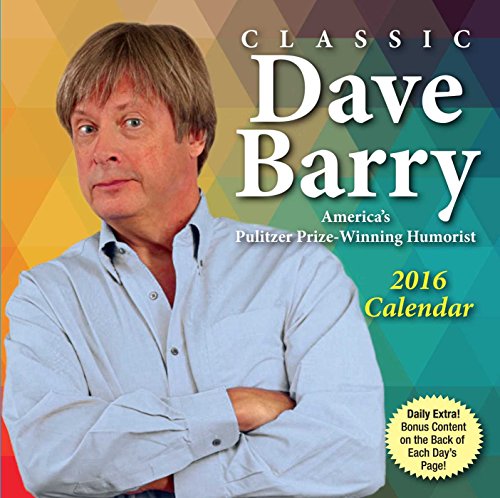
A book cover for Classic Dave Barry 2016 Day-to-Day Calendar; Dave Barry; Calendars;